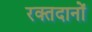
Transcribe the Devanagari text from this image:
रक्तदानों